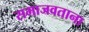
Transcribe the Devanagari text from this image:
समाजवताना